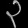
Digit: ၃